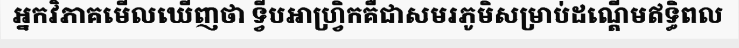
អ្នកវិភាគមើលឃើញថា ទ្វីបអាហ្វ្រិកគឺជាសមរភូមិសម្រាប់ដណ្តើមឥទ្ធិពល